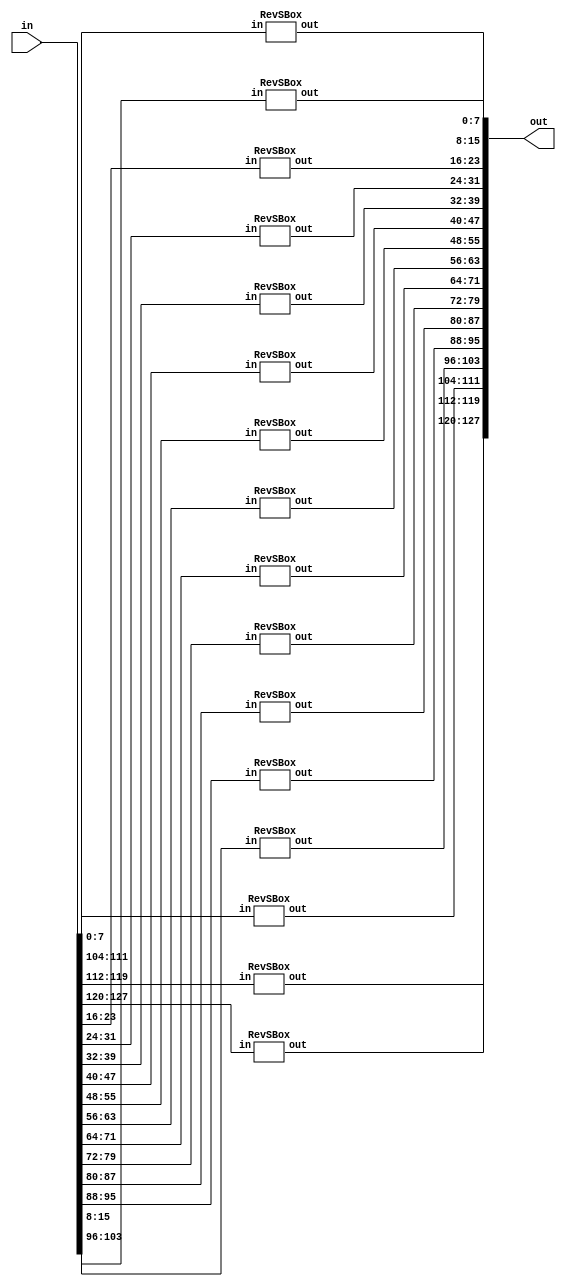
`timescale 1ns / 1ps
//////////////////////////////////////////////////////////////////////////////////
// Company: 
// Engineer: 
// 
// Design Name: 
// Module Name:    revfunctions 
// Project Name: 
// Target Devices: 
// Tool versions: 
// Description: 
//
// Dependencies: 
//
// Revision: 
// Revision 0.01 - File Created
// Additional Comments: 
//
//////////////////////////////////////////////////////////////////////////////////
module RevSubBytes(
		input  wire [127:0] in,
		output wire [127:0] out);

	genvar i;
	generate
		for(i = 0; i < 128; i = i + 8) begin : URevSBox
				RevSBox U(in[i+7:i], out[i+7:i]);
			end
	endgenerate
endmodule

module RevShiftRows(
		input  wire [127:0] in,
		output wire [127:0] out);
	
	// top row shift left 0 bytes
	assign out[127:120] = in[127:120];
	assign out[95:88] = in[95:88];
	assign out[63:56] = in[63:56];
	assign out[31:24] = in[31:24];
	
	// shift left 1 byte
	assign out[87:80] = in[119:112];
	assign out[55:48] = in[87:80];
	assign out[23:16] = in[55:48];
	assign out[119:112] = in[23:16];

	// shift left 2 bytes
	assign out[47:40] = in[111:104];
	assign out[15:8] = in[79:72];
	assign out[111:104] = in[47:40];
	assign out[79:72] = in[15:8];

	// bottom row shift left 3 bytes
	assign out[7:0] = in[103:96];
	assign out[103:96] = in[71:64];
	assign out[71:64] = in[39:32];
	assign out[39:32] = in[7:0];
endmodule

module RevMixColumns(
		input  wire [127:0] in,
		output wire [127:0] out);

	genvar i;
	generate
		for(i = 0; i < 128; i = i + 32) begin : RMC
				assign out[i+31:i+24] = (in[i+31:i+24]*8'hE) + (in[i+23:i+16]*8'hB) + (in[i+15:i+8]*8'hD) + (in[i+7:i]*8'h9);
				assign out[i+23:i+16] = (in[i+31:i+24]*8'h9) + (in[i+23:i+16]*8'hE) + (in[i+15:i+8]*8'hB) + (in[i+7:i]*8'hD);
				assign out[i+15:i+8]  = (in[i+31:i+24]*8'hD) + (in[i+23:i+16]*8'h9) + (in[i+15:i+8]*8'hE) + (in[i+7:i]*8'hB);
				assign out[i+7:i]     = (in[i+31:i+24]*8'hB) + (in[i+23:i+16]*8'hD) + (in[i+15:i+8]*8'h9) + (in[i+7:i]*8'hE);
			end
	endgenerate
endmodule

//////////////////////////////////////////////////////////////////////////////////
// Sub Functions
//////////////////////////////////////////////////////////////////////////////////

module RevSBox(
		input wire [7:0] in,
		output reg [7:0] out);

	always @(in) begin
		case(in)
			8'h00: out = 8'h52;
			8'h01: out = 8'h09;
			8'h02: out = 8'h6A;
			8'h03: out = 8'hD5;
			8'h04: out = 8'h30;
			8'h05: out = 8'h36;
			8'h06: out = 8'hA5;
			8'h07: out = 8'h38;
			8'h08: out = 8'hBF;
			8'h09: out = 8'h40;
			8'h0A: out = 8'hA3;
			8'h0B: out = 8'h9E;
			8'h0C: out = 8'h81;
			8'h0D: out = 8'hF3;
			8'h0E: out = 8'hD7;
			8'h0F: out = 8'hFB;
			8'h10: out = 8'h7C;
			8'h11: out = 8'hE3;
			8'h12: out = 8'h39;
			8'h13: out = 8'h82;
			8'h14: out = 8'h9B;
			8'h15: out = 8'h2F;
			8'h16: out = 8'hFF;
			8'h17: out = 8'h87;
			8'h18: out = 8'h34;
			8'h19: out = 8'h8E;
			8'h1A: out = 8'h43;
			8'h1B: out = 8'h44;
			8'h1C: out = 8'hC4;
			8'h1D: out = 8'hDE;
			8'h1E: out = 8'hE9;
			8'h1F: out = 8'hCB;
			8'h20: out = 8'h54;
			8'h21: out = 8'h7B;
			8'h22: out = 8'h94;
			8'h23: out = 8'h32;
			8'h24: out = 8'hA6;
			8'h25: out = 8'hC2;
			8'h26: out = 8'h23;
			8'h27: out = 8'h3D;
			8'h28: out = 8'hEE;
			8'h29: out = 8'h4C;
			8'h2A: out = 8'h95;
			8'h2B: out = 8'h0B;
			8'h2C: out = 8'h42;
			8'h2D: out = 8'hFA;
			8'h2E: out = 8'hC3;
			8'h2F: out = 8'h4E;
			8'h30: out = 8'h08;
			8'h31: out = 8'h2E;
			8'h32: out = 8'hA1;
			8'h33: out = 8'h66;
			8'h34: out = 8'h28;
			8'h35: out = 8'hD9;
			8'h36: out = 8'h24;
			8'h37: out = 8'hB2;
			8'h38: out = 8'h76;
			8'h39: out = 8'h5B;
			8'h3A: out = 8'hA2;
			8'h3B: out = 8'h49;
			8'h3C: out = 8'h6D;
			8'h3D: out = 8'h8B;
			8'h3E: out = 8'hD1;
			8'h3F: out = 8'h25;
			8'h40: out = 8'h72;
			8'h41: out = 8'hF8;
			8'h42: out = 8'hF6;
			8'h43: out = 8'h64;
			8'h44: out = 8'h86;
			8'h45: out = 8'h68;
			8'h46: out = 8'h98;
			8'h47: out = 8'h16;
			8'h48: out = 8'hD4;
			8'h49: out = 8'hA4;
			8'h4A: out = 8'h5C;
			8'h4B: out = 8'hCC;
			8'h4C: out = 8'h5D;
			8'h4D: out = 8'h65;
			8'h4E: out = 8'hB6;
			8'h4F: out = 8'h92;
			8'h50: out = 8'h6C;
			8'h51: out = 8'h70;
			8'h52: out = 8'h48;
			8'h53: out = 8'h50;
			8'h54: out = 8'hFD;
			8'h55: out = 8'hED;
			8'h56: out = 8'hB9;
			8'h57: out = 8'hDA;
			8'h58: out = 8'h5E;
			8'h59: out = 8'h15;
			8'h5A: out = 8'h46;
			8'h5B: out = 8'h57;
			8'h5C: out = 8'hA7;
			8'h5D: out = 8'h8D;
			8'h5E: out = 8'h9D;
			8'h5F: out = 8'h84;
			8'h60: out = 8'h90;
			8'h61: out = 8'hD8;
			8'h62: out = 8'hAB;
			8'h63: out = 8'h00;
			8'h64: out = 8'h8C;
			8'h65: out = 8'hBC;
			8'h66: out = 8'hD3;
			8'h67: out = 8'h0A;
			8'h68: out = 8'hF7;
			8'h69: out = 8'hE4;
			8'h6A: out = 8'h58;
			8'h6B: out = 8'h05;
			8'h6C: out = 8'hB8;
			8'h6D: out = 8'hB3;
			8'h6E: out = 8'h45;
			8'h6F: out = 8'h06;
			8'h70: out = 8'hD0;
			8'h71: out = 8'h2C;
			8'h72: out = 8'h1E;
			8'h73: out = 8'h8F;
			8'h74: out = 8'hCA;
			8'h75: out = 8'h3F;
			8'h76: out = 8'h0F;
			8'h77: out = 8'h02;
			8'h78: out = 8'hC1;
			8'h79: out = 8'hAF;
			8'h7A: out = 8'hBD;
			8'h7B: out = 8'h03;
			8'h7C: out = 8'h01;
			8'h7D: out = 8'h13;
			8'h7E: out = 8'h8A;
			8'h7F: out = 8'h6B;
			8'h80: out = 8'h3A;
			8'h81: out = 8'h91;
			8'h82: out = 8'h11;
			8'h83: out = 8'h41;
			8'h84: out = 8'h4F;
			8'h85: out = 8'h67;
			8'h86: out = 8'hDC;
			8'h87: out = 8'hEA;
			8'h88: out = 8'h97;
			8'h89: out = 8'hF2;
			8'h8A: out = 8'hCF;
			8'h8B: out = 8'hCE;
			8'h8C: out = 8'hF0;
			8'h8D: out = 8'hB4;
			8'h8E: out = 8'hE6;
			8'h8F: out = 8'h73;
			8'h90: out = 8'h96;
			8'h91: out = 8'hAC;
			8'h92: out = 8'h74;
			8'h93: out = 8'h22;
			8'h94: out = 8'hE7;
			8'h95: out = 8'hAD;
			8'h96: out = 8'h35;
			8'h97: out = 8'h85;
			8'h98: out = 8'hE2;
			8'h99: out = 8'hF9;
			8'h9A: out = 8'h37;
			8'h9B: out = 8'hE8;
			8'h9C: out = 8'h1C;
			8'h9D: out = 8'h75;
			8'h9E: out = 8'hDF;
			8'h9F: out = 8'h6E;
			8'hA0: out = 8'h47;
			8'hA1: out = 8'hF1;
			8'hA2: out = 8'h1A;
			8'hA3: out = 8'h71;
			8'hA4: out = 8'h1D;
			8'hA5: out = 8'h29;
			8'hA6: out = 8'hC5;
			8'hA7: out = 8'h89;
			8'hA8: out = 8'h6F;
			8'hA9: out = 8'hB7;
			8'hAA: out = 8'h62;
			8'hAB: out = 8'h0E;
			8'hAC: out = 8'hAA;
			8'hAD: out = 8'h18;
			8'hAE: out = 8'hBE;
			8'hAF: out = 8'h1B;
			8'hB0: out = 8'hFC;
			8'hB1: out = 8'h56;
			8'hB2: out = 8'h3E;
			8'hB3: out = 8'h4B;
			8'hB4: out = 8'hC6;
			8'hB5: out = 8'hD2;
			8'hB6: out = 8'h79;
			8'hB7: out = 8'h20;
			8'hB8: out = 8'h9A;
			8'hB9: out = 8'hDB;
			8'hBA: out = 8'hC0;
			8'hBB: out = 8'hFE;
			8'hBC: out = 8'h78;
			8'hBD: out = 8'hCD;
			8'hBE: out = 8'h5A;
			8'hBF: out = 8'hF4;
			8'hC0: out = 8'h1F;
			8'hC1: out = 8'hDD;
			8'hC2: out = 8'hA8;
			8'hC3: out = 8'h33;
			8'hC4: out = 8'h88;
			8'hC5: out = 8'h07;
			8'hC6: out = 8'hC7;
			8'hC7: out = 8'h31;
			8'hC8: out = 8'hB1;
			8'hC9: out = 8'h12;
			8'hCA: out = 8'h10;
			8'hCB: out = 8'h59;
			8'hCC: out = 8'h27;
			8'hCD: out = 8'h80;
			8'hCE: out = 8'hEC;
			8'hCF: out = 8'h5F;
			8'hD0: out = 8'h60;
			8'hD1: out = 8'h51;
			8'hD2: out = 8'h7F;
			8'hD3: out = 8'hA9;
			8'hD4: out = 8'h19;
			8'hD5: out = 8'hB5;
			8'hD6: out = 8'h4A;
			8'hD7: out = 8'h0D;
			8'hD8: out = 8'h2D;
			8'hD9: out = 8'hE5;
			8'hDA: out = 8'h7A;
			8'hDB: out = 8'h9F;
			8'hDC: out = 8'h93;
			8'hDD: out = 8'hC9;
			8'hDE: out = 8'h9C;
			8'hDF: out = 8'hEF;
			8'hE0: out = 8'hA0;
			8'hE1: out = 8'hE0;
			8'hE2: out = 8'h3B;
			8'hE3: out = 8'h4D;
			8'hE4: out = 8'hAE;
			8'hE5: out = 8'h2A;
			8'hE6: out = 8'hF5;
			8'hE7: out = 8'hB0;
			8'hE8: out = 8'hC8;
			8'hE9: out = 8'hEB;
			8'hEA: out = 8'hBB;
			8'hEB: out = 8'h3C;
			8'hEC: out = 8'h83;
			8'hED: out = 8'h53;
			8'hEE: out = 8'h99;
			8'hEF: out = 8'h61;
			8'hF0: out = 8'h17;
			8'hF1: out = 8'h2B;
			8'hF2: out = 8'h04;
			8'hF3: out = 8'h7E;
			8'hF4: out = 8'hBA;
			8'hF5: out = 8'h77;
			8'hF6: out = 8'hD6;
			8'hF7: out = 8'h26;
			8'hF8: out = 8'hE1;
			8'hF9: out = 8'h69;
			8'hFA: out = 8'h14;
			8'hFB: out = 8'h63;
			8'hFC: out = 8'h55;
			8'hFD: out = 8'h21;
			8'hFE: out = 8'h0C;
			8'hFF: out = 8'h7D;
		endcase
	end
endmodule